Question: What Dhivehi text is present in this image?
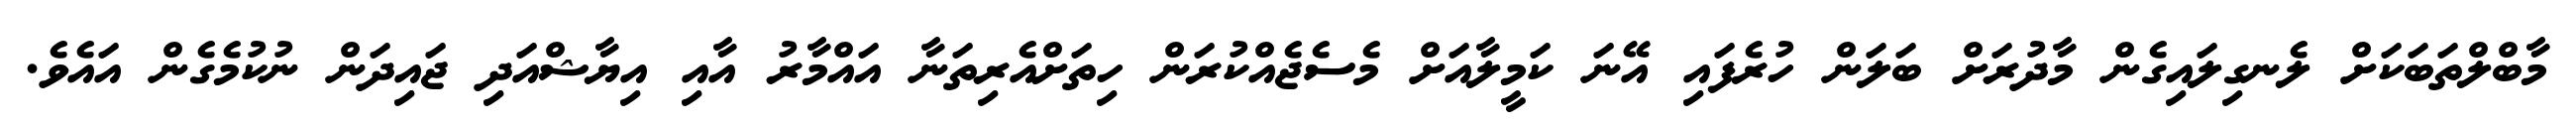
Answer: މާބްލްތަބަކަށް ލެނގިލައިގެން މާދުރަށް ބަލަން ހުރެފައި އޭނަ ކަމީލާއަށް މެސެޖެއްކުރަން ހިތަށްއެރިތަނާ އައްމާރު އާއި އިޔާޝްއަދި ޖައިދަން ނުކުމެގެން އައެވެ.